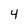
Character: 4